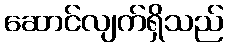
ဆောင်လျက်ရှိသည်